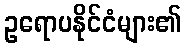
ဥရောပနိုင်ငံများ၏